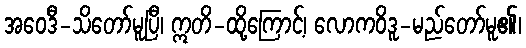
အဝေဒီ-သိတော်မူပြီ၊ ဣတိ-ထို့ကြောင့်၊ လောကဝိဒူ-မည်တော်မူ၏၊